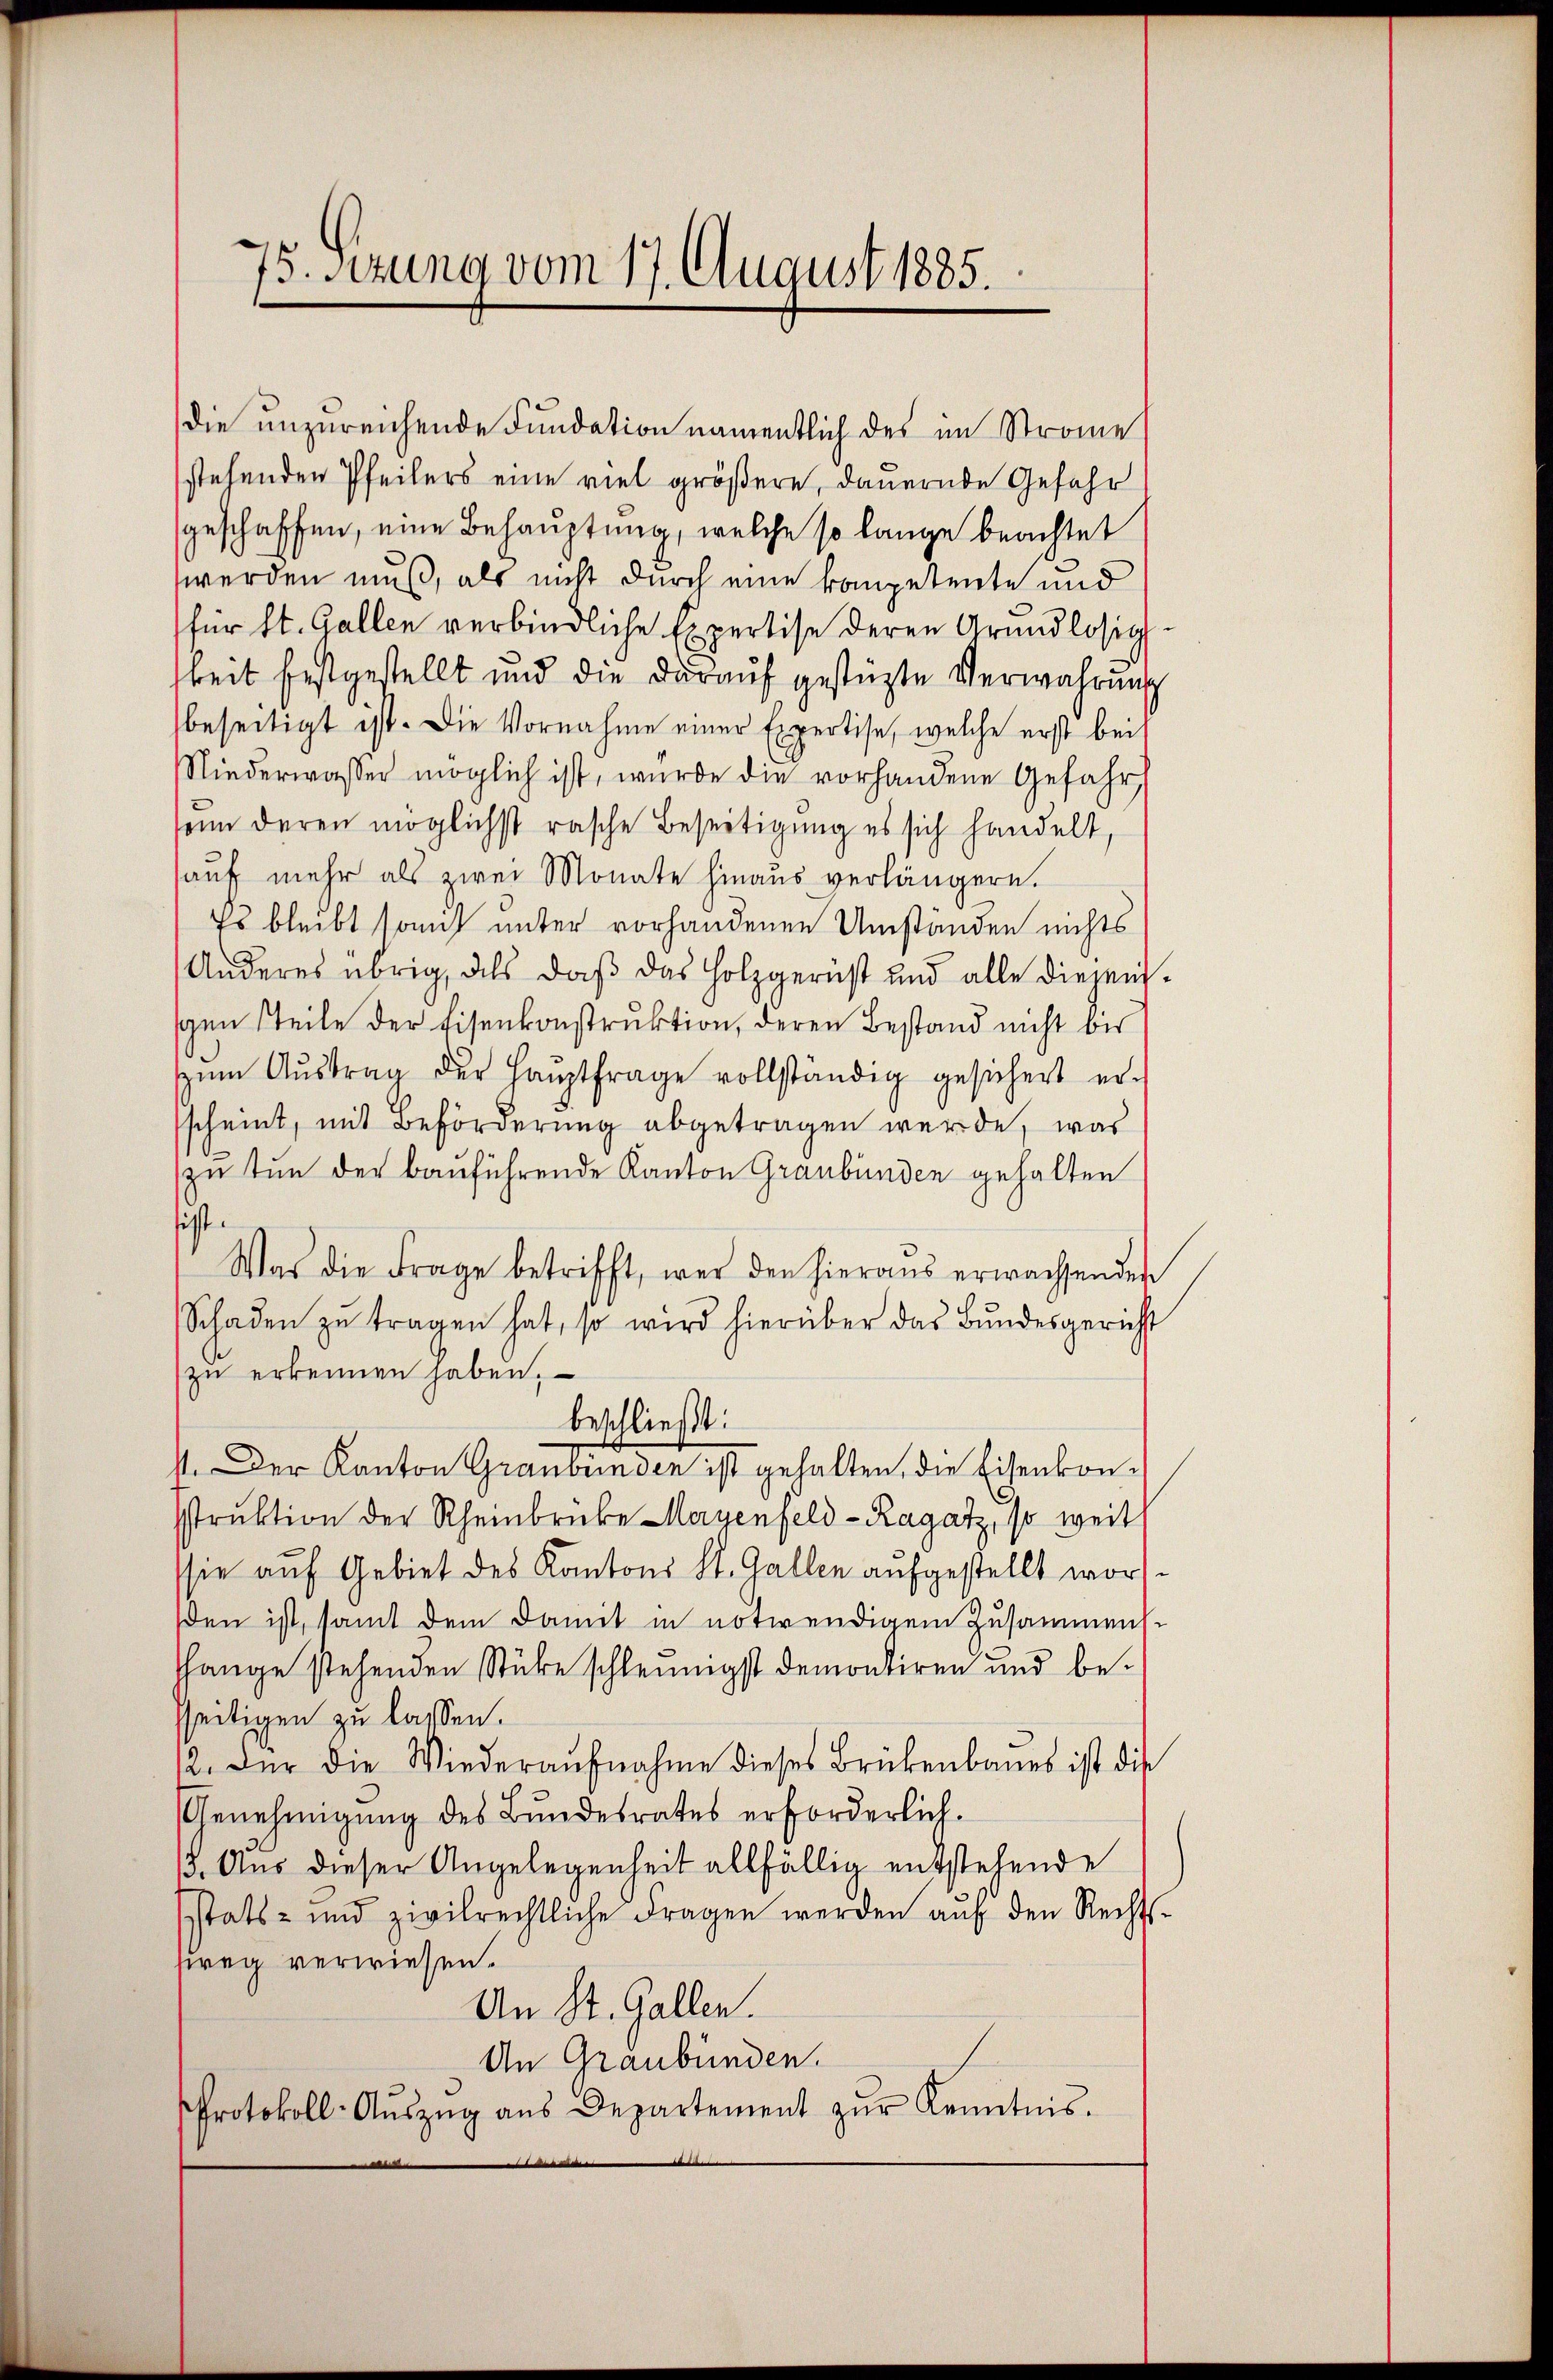
75. Sitzung vom 17. August 1885.

die unzureichende Fundation namentlich des im Strome
stehenden Pfeilers eine viel größere, dauernde Gefahr
geschaffen, eine Behauptung, welche so lange beachtet
werden muß, als nicht durch eine kompetente und
(für St. Gallen verbindliche Expertise deren Grundlosigkeit festgestellt und die daraŭf gestüzte Verwahrung
beseitigt ist. Die Vornahme einer Expertise, welche erst bei
NNiederwasser möglich ist, wurde die vorhandene Gefahr
soin deren möglichst rasche Beseitigung es sich handelt,
auf mehr als zwei Monate hinaus verlängern.
Es bleibt somit unter vorhandenen Umständen nichts
Anderes übrig, dass daß das Holzgerüst und alle diejenigen steile der Eisenkonstruktion, deren Bestand nicht bis
ŭm Aŭstrag der Haŭptfrage vollständig gesichert er-
scheint, mit Beförderung abgetragen werde, was
zu tun der Bauführende Kanton Graubünden gehalten
sist.
Was die Frage betrifft, wer den hieraus erwachsenden
Schaden zŭ tragen hat, so wird hierüber das Bundesgericht
zu erkennen haben,
beschließt:
1. Der Kanton Graubünden ist gehalten, die Eisenkonstruktion der Rheinbrücke Mayenfeld-Ragatz, so weit
sie auf Gebiet des Kantons St. Gallen aufgestellt word
den ist, samt dem Damit in notwendigem Zusammens.
Hange stehenden Stüke schleunigst demontiren und besseitigen zu lassen.
12. Für die Wiederaŭfnahme dieses Brükenbaues ist die
Genehmigung des Bundesrates erforderlich.
15. Aus dieser Angelegenheit allfällig entstehende
statt- und zivilrechtliche Fragen werden aŭf den Rechts-
seg verwiesen.
An St. Gallen.
An Graubünden.
Protokoll-Aŭszŭg aŭs Departement zŭr Kenntnis.
.